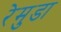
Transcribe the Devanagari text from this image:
रेमुडा